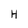
Character: H